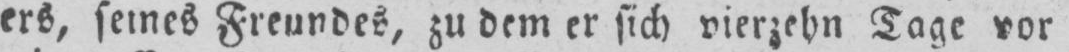
ers, seines Freundes, zu dem er sich vierzehn Tage vor